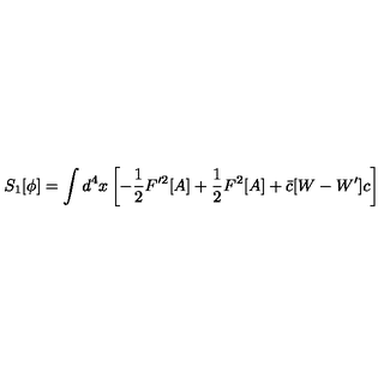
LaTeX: S _ { 1 } [ \phi ] = \int d ^ { 4 } x \left[ - \frac { 1 } { 2 } F ^ { \prime 2 } [ A ] + \frac { 1 } { 2 } F ^ { 2 } [ A ] + \bar { c } [ W - W ^ { \prime } ] c \right]